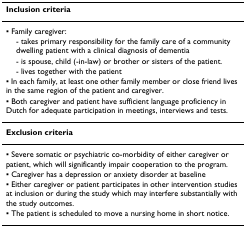
| Inclusion criteria |
 | --- |
 | ▪ Family caregiver: |
 | - takes primary responsibility for the family care of a community dwelling patient with a clinical diagnosis of dementia |
 | - is spouse, child (-in-law) or brother or sisters of the patient. |
 | - lives together with the patient |
 | ▪ In each family, at least one other family member or close friend lives in the same region of the patient and caregiver. |
 | ▪ Both caregiver and patient have sufficient language proficiency in Dutch for adequate participation in meetings, interviews and tests. |
 | Exclusion criteria |
 | ▪ Severe somatic or psychiatric co-morbidity of either caregiver or patient, which will significantly impair cooperation to the program. |
 | ▪ Caregiver has a depression or anxiety disorder at baseline |
 | ▪ Either caregiver or patient participates in other intervention studies at inclusion or during the study which may interfere substantially with the study outcomes. |
 | ▪ The patient is scheduled to move a nursing home in short notice. |